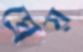
ঘ্রেয়